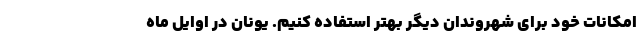
امکانات خود برای شهروندان دیگر بهتر استفاده کنیم. یونان در اوایل ماه